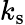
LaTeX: k_{\mathrm{s}}